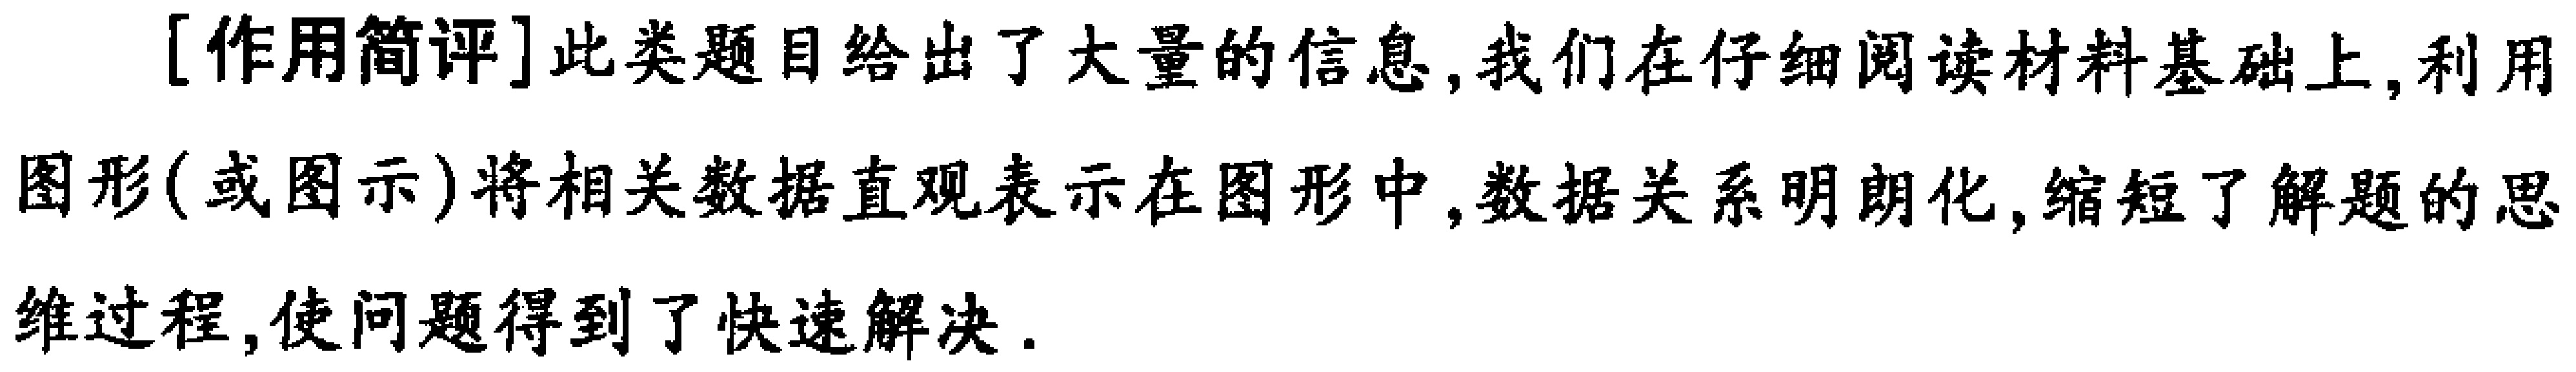
[作用简评]此类题目给出了大量的信息,我们在仔细阅读材料基础上,利用图形(或图示)将相关数据直观表示在图形中,数据关系明朗化,缩短了解题的思维过程,使问题得到了快速解决.